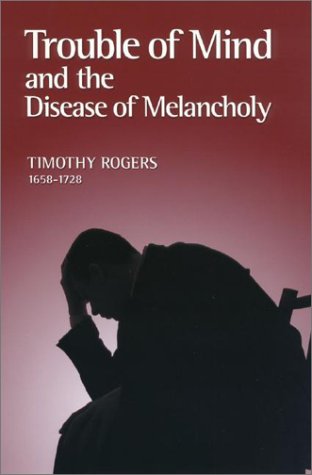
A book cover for Trouble of Mind and the Disease of Melancholy (Puritan Writings); Timothy Rogers; Religion & Spirituality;